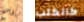
فاضح كالكلب